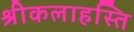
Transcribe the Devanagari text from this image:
श्रीकलाहस्ति